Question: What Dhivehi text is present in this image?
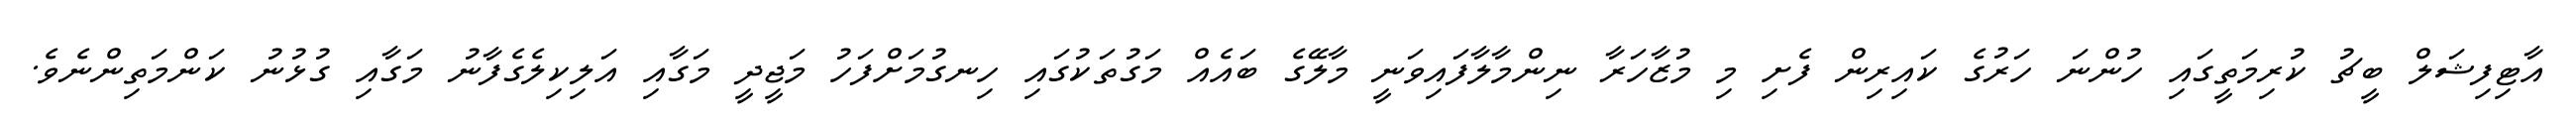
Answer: އާޓިފިޝަލް ބީޗު ކުރިމަތީގައި ހުންނަ ހަރުގެ ކައިރިން ފެށި މި މުޒާހަރާ ނިންމާލާފައިވަނީ މާލޭގެ ބައެއް މަގުތަކުގައި ހިނގުމަށްފަހު މަޖީދީ މަގާއި އަލިކިލެގެފާނު މަގާއި ގުޅުނު ކަންމަތިންނެވެ.